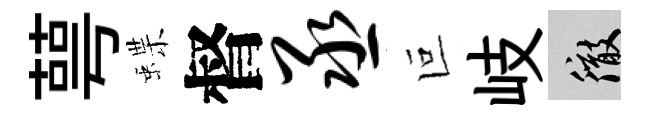
萼蝶督丞叵岐徹